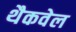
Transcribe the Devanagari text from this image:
थैकवेल